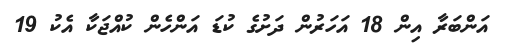
އަންބަރާ އިން 18 އަހަރުން ދަށުގެ ކުޑަ އަންހެން ކުއްޖަކާ އެކު 19